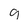
Character: 9